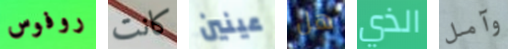
روفوس كانت عينين هل الذي وآمل